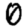
Digit: 0